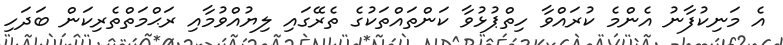
އެ މަނިކުފާނު އެންމެ ކުރައްވާ ހިތްޕުޅުވާ ކަންތައްތަކުގެ ތެރޭގައި ލިޔުއްވުމާއި ރަޙްމަތްތެރިކަން ބަދަހި